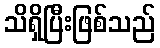
သိရှိပြီးဖြစ်သည်